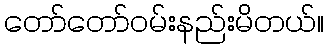
တော်တော်ဝမ်းနည်းမိတယ်။